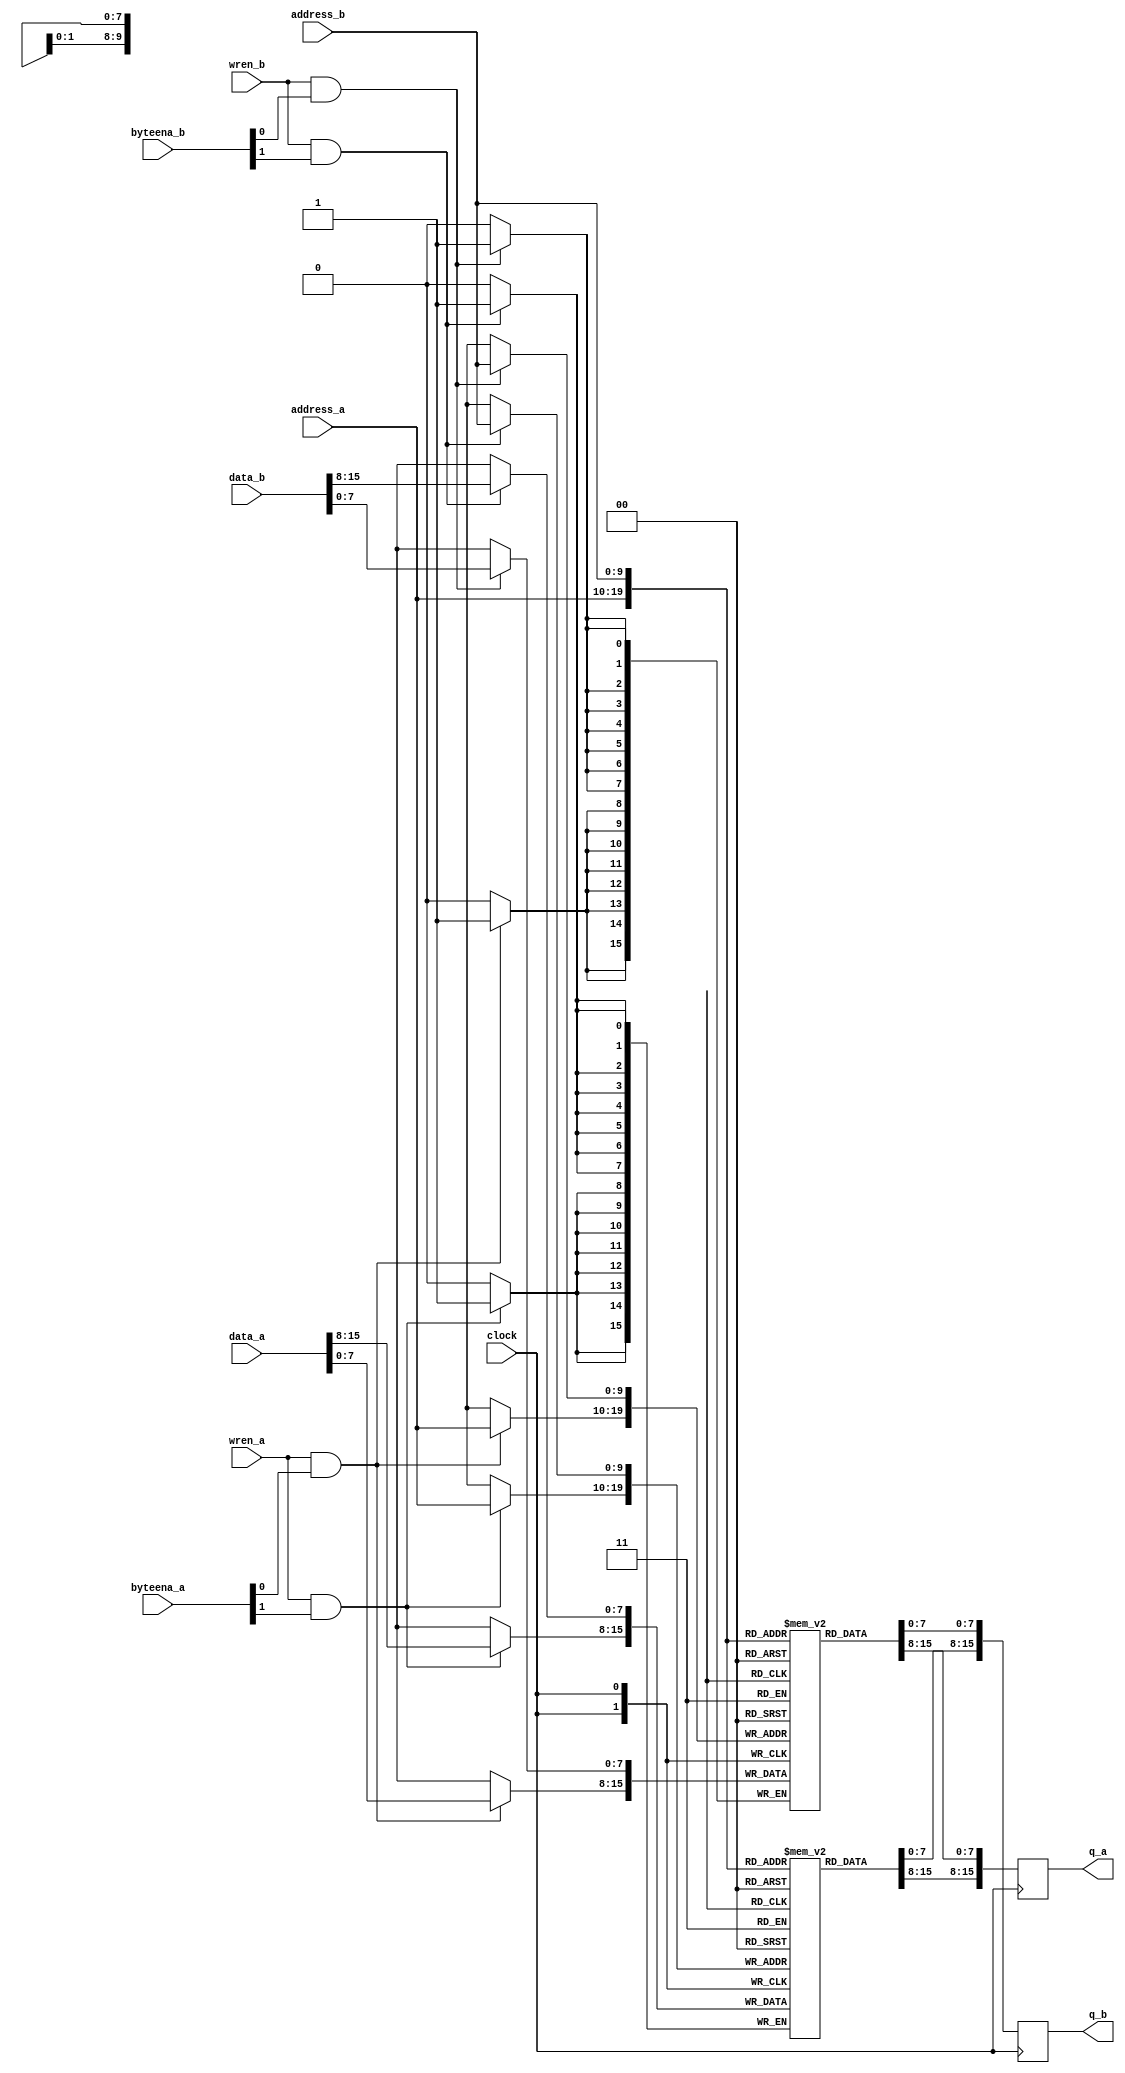
module dpram_inf_be_1024x16 (
  input  wire           clock,
  input  wire           wren_a,
  input  wire [  2-1:0] byteena_a,
  input  wire [ 10-1:0] address_a,
  input  wire [ 16-1:0] data_a,
  output reg  [ 16-1:0] q_a,
  input  wire           wren_b,
  input  wire [  2-1:0] byteena_b,
  input  wire [ 10-1:0] address_b,
  input  wire [ 16-1:0] data_b,
  output reg  [ 16-1:0] q_b
);

// memory
reg [8-1:0] mem0 [0:1024-1];
reg [8-1:0] mem1 [0:1024-1];

// port a
always @ (posedge clock) begin
  if (wren_a && byteena_a[0]) mem0[address_a] <= #1 data_a[ 8-1:0];
  if (wren_a && byteena_a[1]) mem1[address_a] <= #1 data_a[16-1:8];
  q_a[ 8-1:0] <= #1 mem0[address_a];
  q_a[16-1:8] <= #1 mem1[address_a];
end

// port b
always @ (posedge clock) begin
  if (wren_b && byteena_b[0]) mem0[address_b] <= #1 data_b[ 8-1:0];
  if (wren_b && byteena_b[1]) mem1[address_b] <= #1 data_b[16-1:8];
  q_b[ 8-1:0] <= #1 mem0[address_b];
  q_b[16-1:8] <= #1 mem1[address_b];
end

endmodule